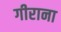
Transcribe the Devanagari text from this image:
गीराना